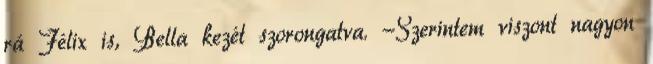
rá Félix is, Bella kezét szorongatva. -Szerintem viszont nagyon